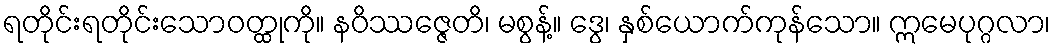
ရတိုင်းရတိုင်းသောဝတ္ထုကို။ နဝိဿဇ္ဇေတိ၊ မစွန့်။ ဒွေ၊ နှစ်ယောက်ကုန်သော။ ဣမေပုဂ္ဂလာ၊